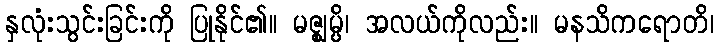
နှလုံးသွင်းခြင်းကို ပြုနိုင်၏။ မဇ္ဈမ္ပိ၊ အလယ်ကိုလည်း။ မနသိကရောတိ၊